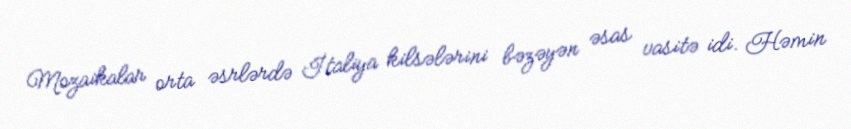
Mozaikalar orta əsrlərdə İtaliya kilsələrini bəzəyən əsas vasitə idi. Həmin